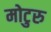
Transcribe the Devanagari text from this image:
मोटुरु